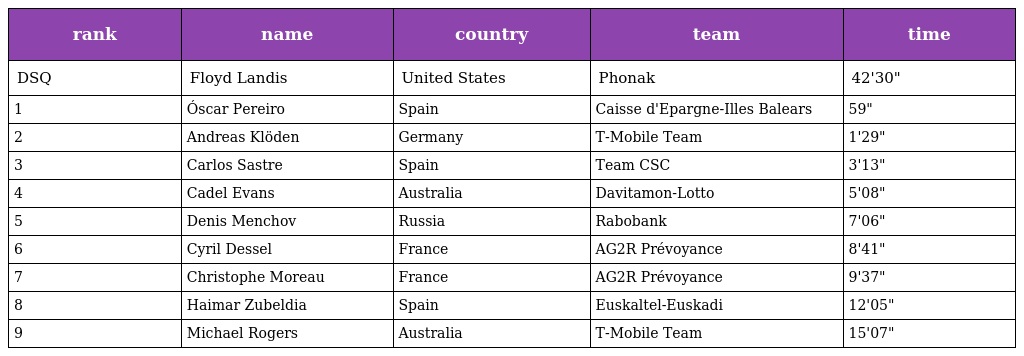
| rank | name | country | team | time |
 | --- | --- | --- | --- | --- |
 | DSQ | Floyd Landis | United States | Phonak | 42'30" |
 | 1 | Óscar Pereiro | Spain | Caisse d'Epargne-Illes Balears | 59" |
 | 2 | Andreas Klöden | Germany | T-Mobile Team | 1'29" |
 | 3 | Carlos Sastre | Spain | Team CSC | 3'13" |
 | 4 | Cadel Evans | Australia | Davitamon-Lotto | 5'08" |
 | 5 | Denis Menchov | Russia | Rabobank | 7'06" |
 | 6 | Cyril Dessel | France | AG2R Prévoyance | 8'41" |
 | 7 | Christophe Moreau | France | AG2R Prévoyance | 9'37" |
 | 8 | Haimar Zubeldia | Spain | Euskaltel-Euskadi | 12'05" |
 | 9 | Michael Rogers | Australia | T-Mobile Team | 15'07" |